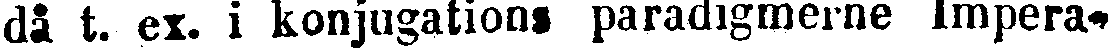
då t. ex. i konjugations paradigmerne Impera-